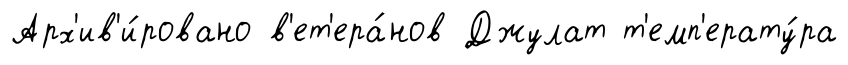
Арх'ив'и́ровано в'ет'ера́нов Джулат т'емп'ерату́ра